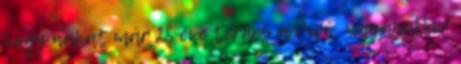
hogy nahát már 28 éve terhes a Pipő, ugyanakkor